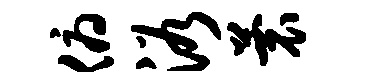
俯浴蓑